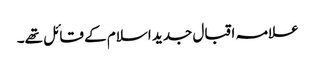
علامہ اقبال جدید اسلام کے قائل تھے۔